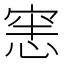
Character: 𭝜